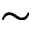
\sim